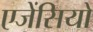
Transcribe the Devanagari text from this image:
एजेंसियो